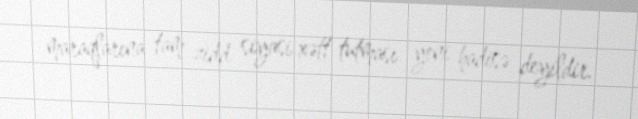
maraqlarına tam zidd siyasi xətt tutması yeni hadisə deyildir.